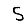
Digit: 5